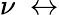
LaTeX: \nu~\leftrightarrow